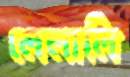
লেলালি